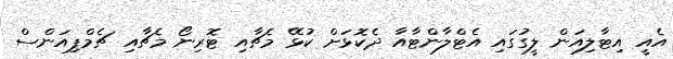
އެއީ އިޓާލިއަން ލީގުގައި އެޓްލާންޓާއާ ދެކޮޅަށް ކުޅޭ މެޗާއި ޓޮރިނޯ މެޗާއި ޗެމްޕިއަންސް